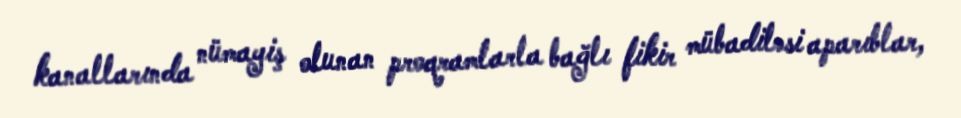
kanallarında nümayiş olunan proqramlarla bağlı fikir mübadiləsi aparıblar,